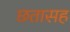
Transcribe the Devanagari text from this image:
छतासह